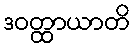
ဒဝတ္ထာယာတိ